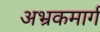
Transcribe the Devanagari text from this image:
अभ्रकमार्ग